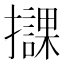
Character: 𢸠